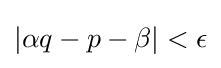
|\alpha q-p-\beta |<\epsilon